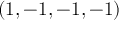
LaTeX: ( 1 , - 1 , - 1 , - 1 )